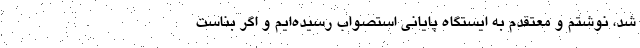
شد، نوشتم و معتقدم به ایستگاه پایانی استصواب رسیده‌ایم و اگر بناست